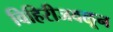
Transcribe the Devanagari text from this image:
विहिरीजवळून